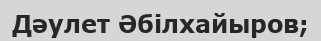
Дәулет Әбілхайыров;